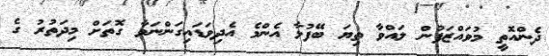
ދެންއޮތީ މުވައްޒަފުން ލައްވާ ތިޔަ ބޭފުޅާ އެންމެ އެދިވަޑައިގަންނަވާ ގޮތަށް މިދަތުރު ގެ